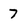
Character: 7